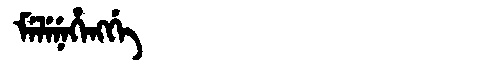
Manchu: ᠮᡝᠯᡝᠨᡝᡥᡝᠩᡤᡝ
Romanization: MELENEHENGGE